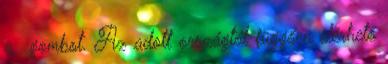
a gombot. Az adott országtól függően elérhető